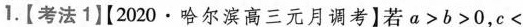
1.【考法1】【2020·哈尔滨高三元月调考】若$$a > b > 0$$，$$c <